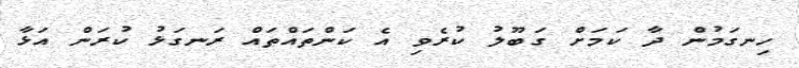
ހިނގަމުން ދާ ކަމަށް ގަބޫލު ކުރެވި އެ ކަންތައްތައް ރަނގަޅު ކުރަން އަޅާ